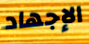
الإجهاد